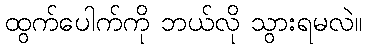
ထွက်ပေါက်ကို ဘယ်လို သွားရမလဲ။